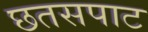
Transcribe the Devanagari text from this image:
छतसपाट